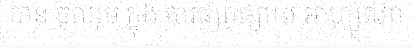
បាន ចូលរួម ក្នុង ការផ្សព្វផ្សាយ អាហ្សូណា